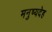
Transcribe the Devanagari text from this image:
मनुष्यदेह